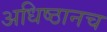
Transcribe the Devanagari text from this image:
अधिष्ठानच